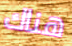
هناك